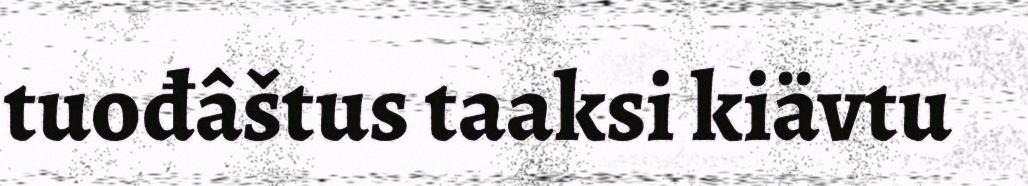
tuođâštus taaksi kiävtu